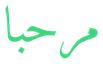
مرحبا